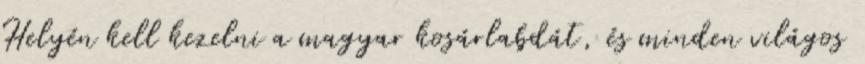
Helyén kell kezelni a magyar kosárlabdát, és minden világos